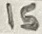
Text: 15